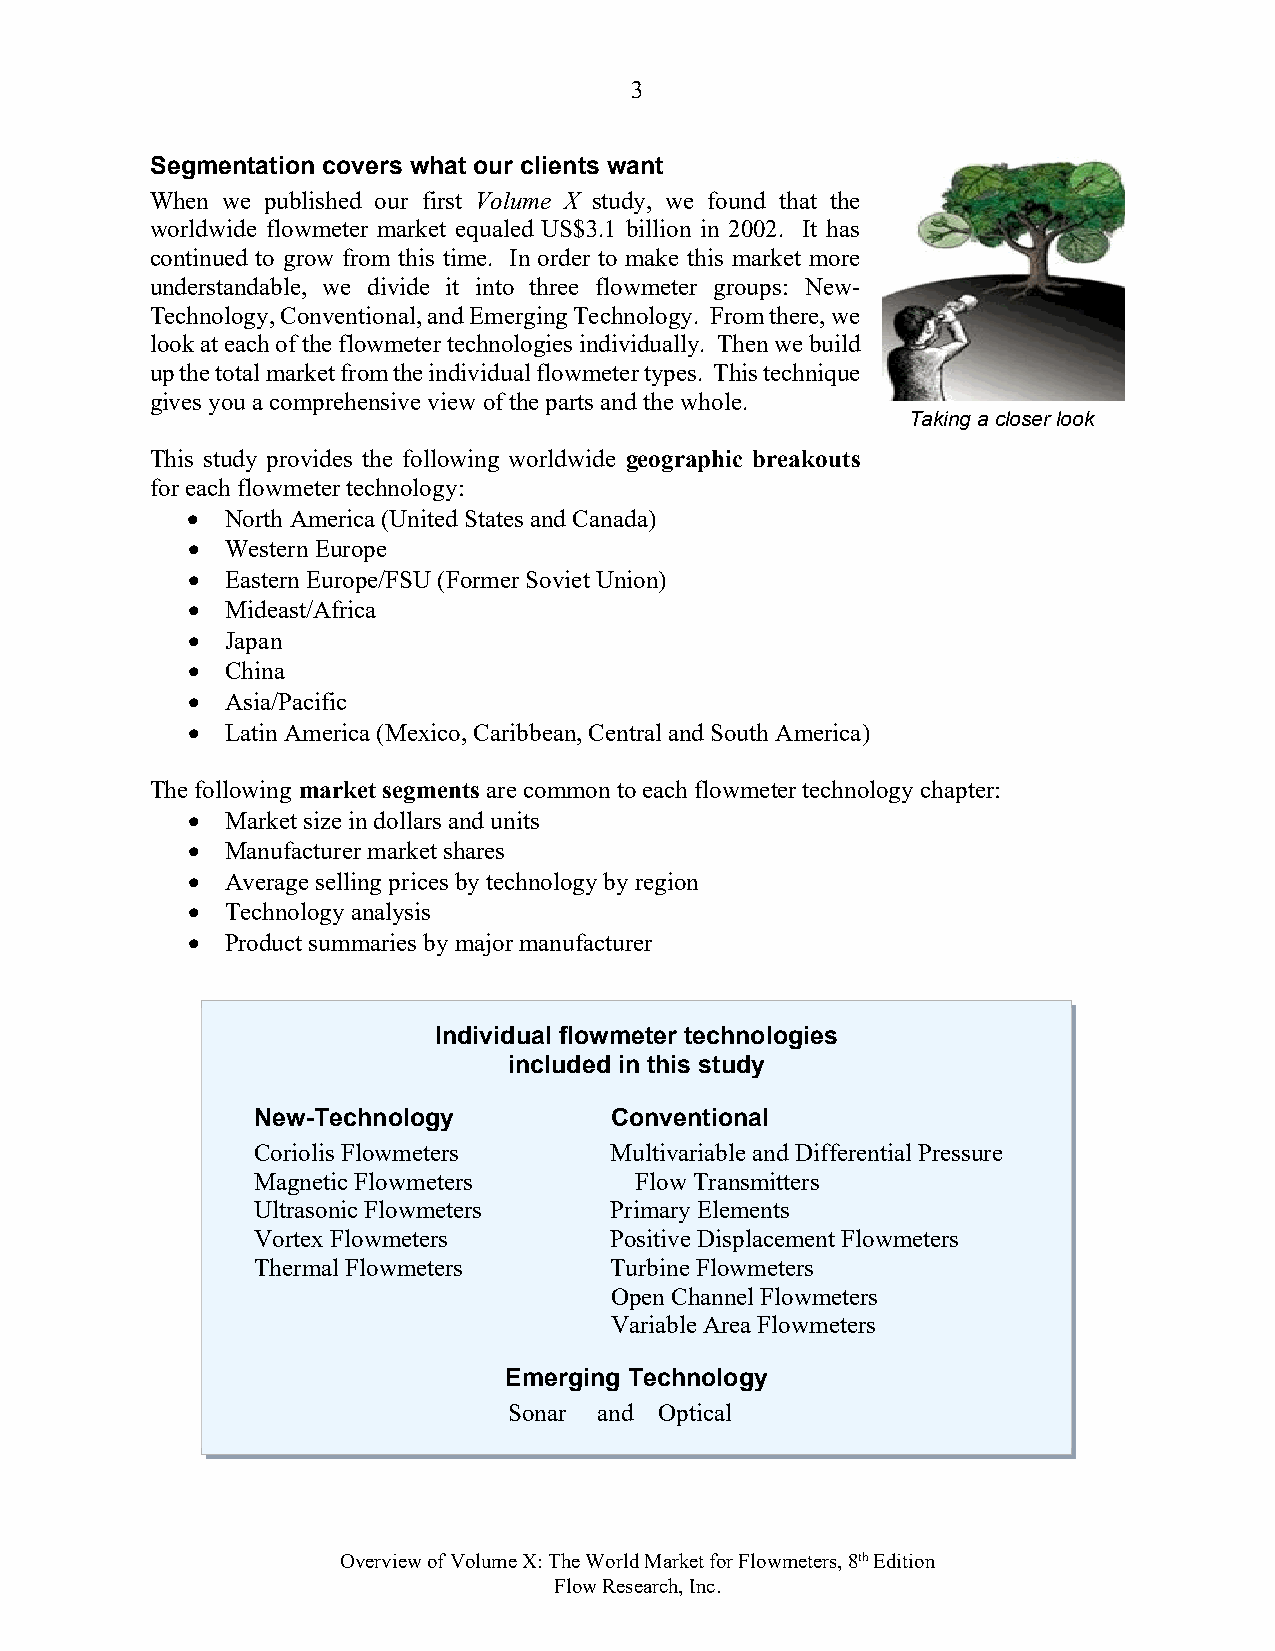
3
 Segmentation covers what our clients want
 When we published our first Volume X study, we found that the
 worldwide flowmeter market equaled US$3.1 billion in 2002. It has
 continued to grow from this time. In order to make this market more
 understandable, we divide it into three flowmeter groups: New-
 Technology, Conventional, and Emerging Technology. From there, we
 look at each of the flowmeter technologies individually. Then we build
 up the total market from the individual flowmeter types. This technique
 gives you a comprehensive view of the parts and the whole.
 Taking a closer look
 This study provides the following worldwide geographic breakouts
 for each flowmeter technology:
   North America (United States and Canada)
   Western Europe
   Eastern Europe/FSU (Former Soviet Union)
   Mideast/Africa
   Japan
   China
   Asia/Pacific
   Latin America (Mexico, Caribbean, Central and South America)
 The following market segments are common to each flowmeter technology chapter:
   Market size in dollars and units
   Manufacturer market shares
   Average selling prices by technology by region
   Technology analysis
   Product summaries by major manufacturer
 Individual flowmeter technologies
 included in this study
 New-Technology         Conventional
 Coriolis Flowmeters    Multivariable and Differential Pressure
 Magnetic Flowmeters      Flow Transmitters
 Ultrasonic Flowmeters  Primary Elements
 Vortex Flowmeters      Positive Displacement Flowmeters
 Thermal Flowmeters     Turbine Flowmeters
 Open Channel Flowmeters
 Variable Area Flowmeters
 Emerging Technology
 Sonar and Optical
 Overview of Volume X: The World Market for Flowmeters, 8th Edition
 Flow Research, Inc.